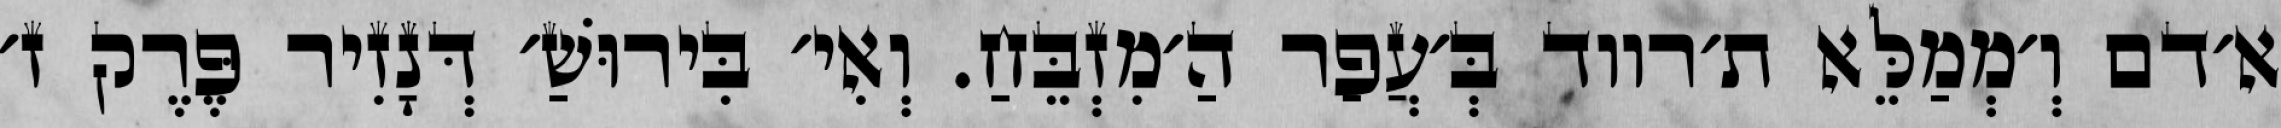
א׳דם וְ׳מְמַלֵּא ת׳רווד בְּ׳עֲפַר הַ׳מִזְבֵּחַ. וְאִי׳ בִּירוּשַׁ׳ דְּנָזִיר פֶּרֶק ז׳